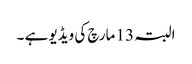
البتہ 13 مارچ کی ویڈیو ہے ۔